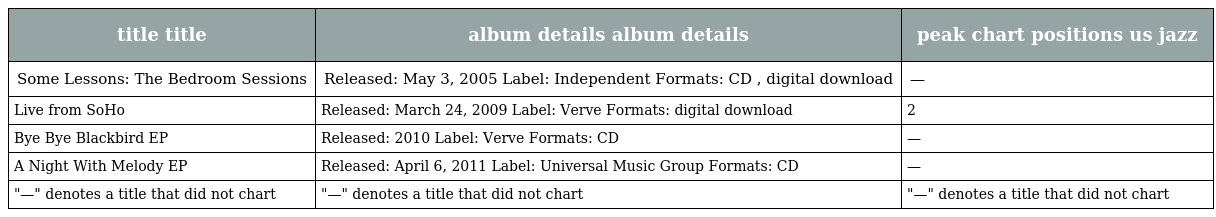
| title title | album details album details | peak chart positions us jazz |
 | --- | --- | --- |
 | Some Lessons: The Bedroom Sessions | Released: May 3, 2005 Label: Independent Formats: CD , digital download | — |
 | Live from SoHo | Released: March 24, 2009 Label: Verve Formats: digital download | 2 |
 | Bye Bye Blackbird EP | Released: 2010 Label: Verve Formats: CD | — |
 | A Night With Melody EP | Released: April 6, 2011 Label: Universal Music Group Formats: CD | — |
 | "—" denotes a title that did not chart | "—" denotes a title that did not chart | "—" denotes a title that did not chart |